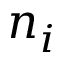
n _ { i }